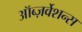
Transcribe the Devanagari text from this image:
ऑब्ज़र्वेशन्स